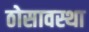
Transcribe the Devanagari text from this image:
ठोसावस्था